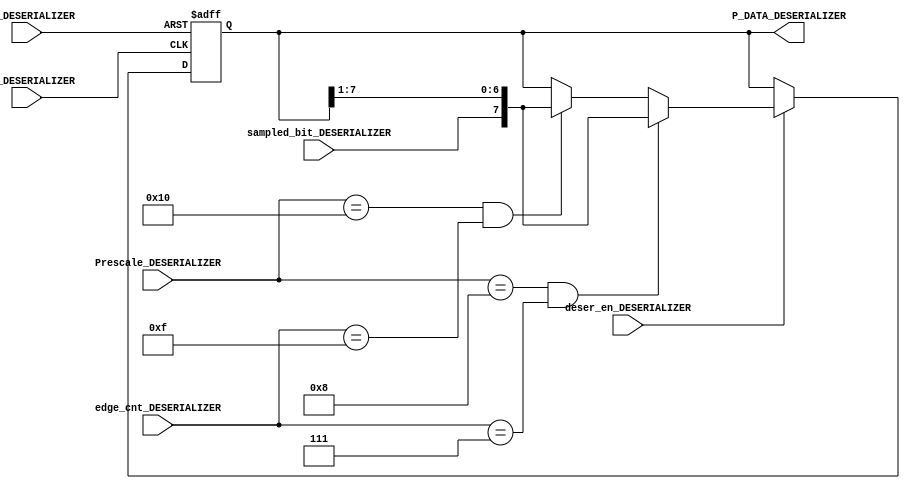
module DESERIALIZER_URT_RX (
    input    wire            CLK_DESERIALIZER,
    input    wire            RST_DESERIALIZER,
    input    wire            deser_en_DESERIALIZER,     
    input    wire  [4:0]     Prescale_DESERIALIZER, 
    input    wire            sampled_bit_DESERIALIZER,
    input    wire  [3:0]     edge_cnt_DESERIALIZER,

    output   reg   [7:0]     P_DATA_DESERIALIZER
   );


always @(posedge CLK_DESERIALIZER or negedge RST_DESERIALIZER )
   begin
      if(!RST_DESERIALIZER)
        begin
            P_DATA_DESERIALIZER<='b0;
        end
           
      else if (deser_en_DESERIALIZER) 
          begin
            if((Prescale_DESERIALIZER=='d8) && (edge_cnt_DESERIALIZER =='b111))
               begin
                P_DATA_DESERIALIZER<={sampled_bit_DESERIALIZER,P_DATA_DESERIALIZER[7:1]};             //if is send 0>0>1>1>1>0>1>1      it will stored p_data=8'b1101_1100              i chose this assumption
              //P_DATA_DESERIALIZER<={P_DATA_DESERIALIZER[6:0],sampled_bit_DESERIALIZER};               //if is send 0>0>1>1>1>0>1>1      it will stored p_data=8'b0011_1011        
               end
           
            else if((Prescale_DESERIALIZER=='d16) && (edge_cnt_DESERIALIZER =='b1111))
               begin
              P_DATA_DESERIALIZER<={sampled_bit_DESERIALIZER,P_DATA_DESERIALIZER[7:1]};
            //P_DATA_DESERIALIZER<={P_DATA_DESERIALIZER[6:0],sampled_bit_DESERIALIZER};

               end
            else 
               begin
                P_DATA_DESERIALIZER<=P_DATA_DESERIALIZER;
               end   
          end
       else 
           begin
              P_DATA_DESERIALIZER<=P_DATA_DESERIALIZER;
             end   
               
   end
endmodule